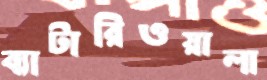
ব্যাটারিওয়ালা